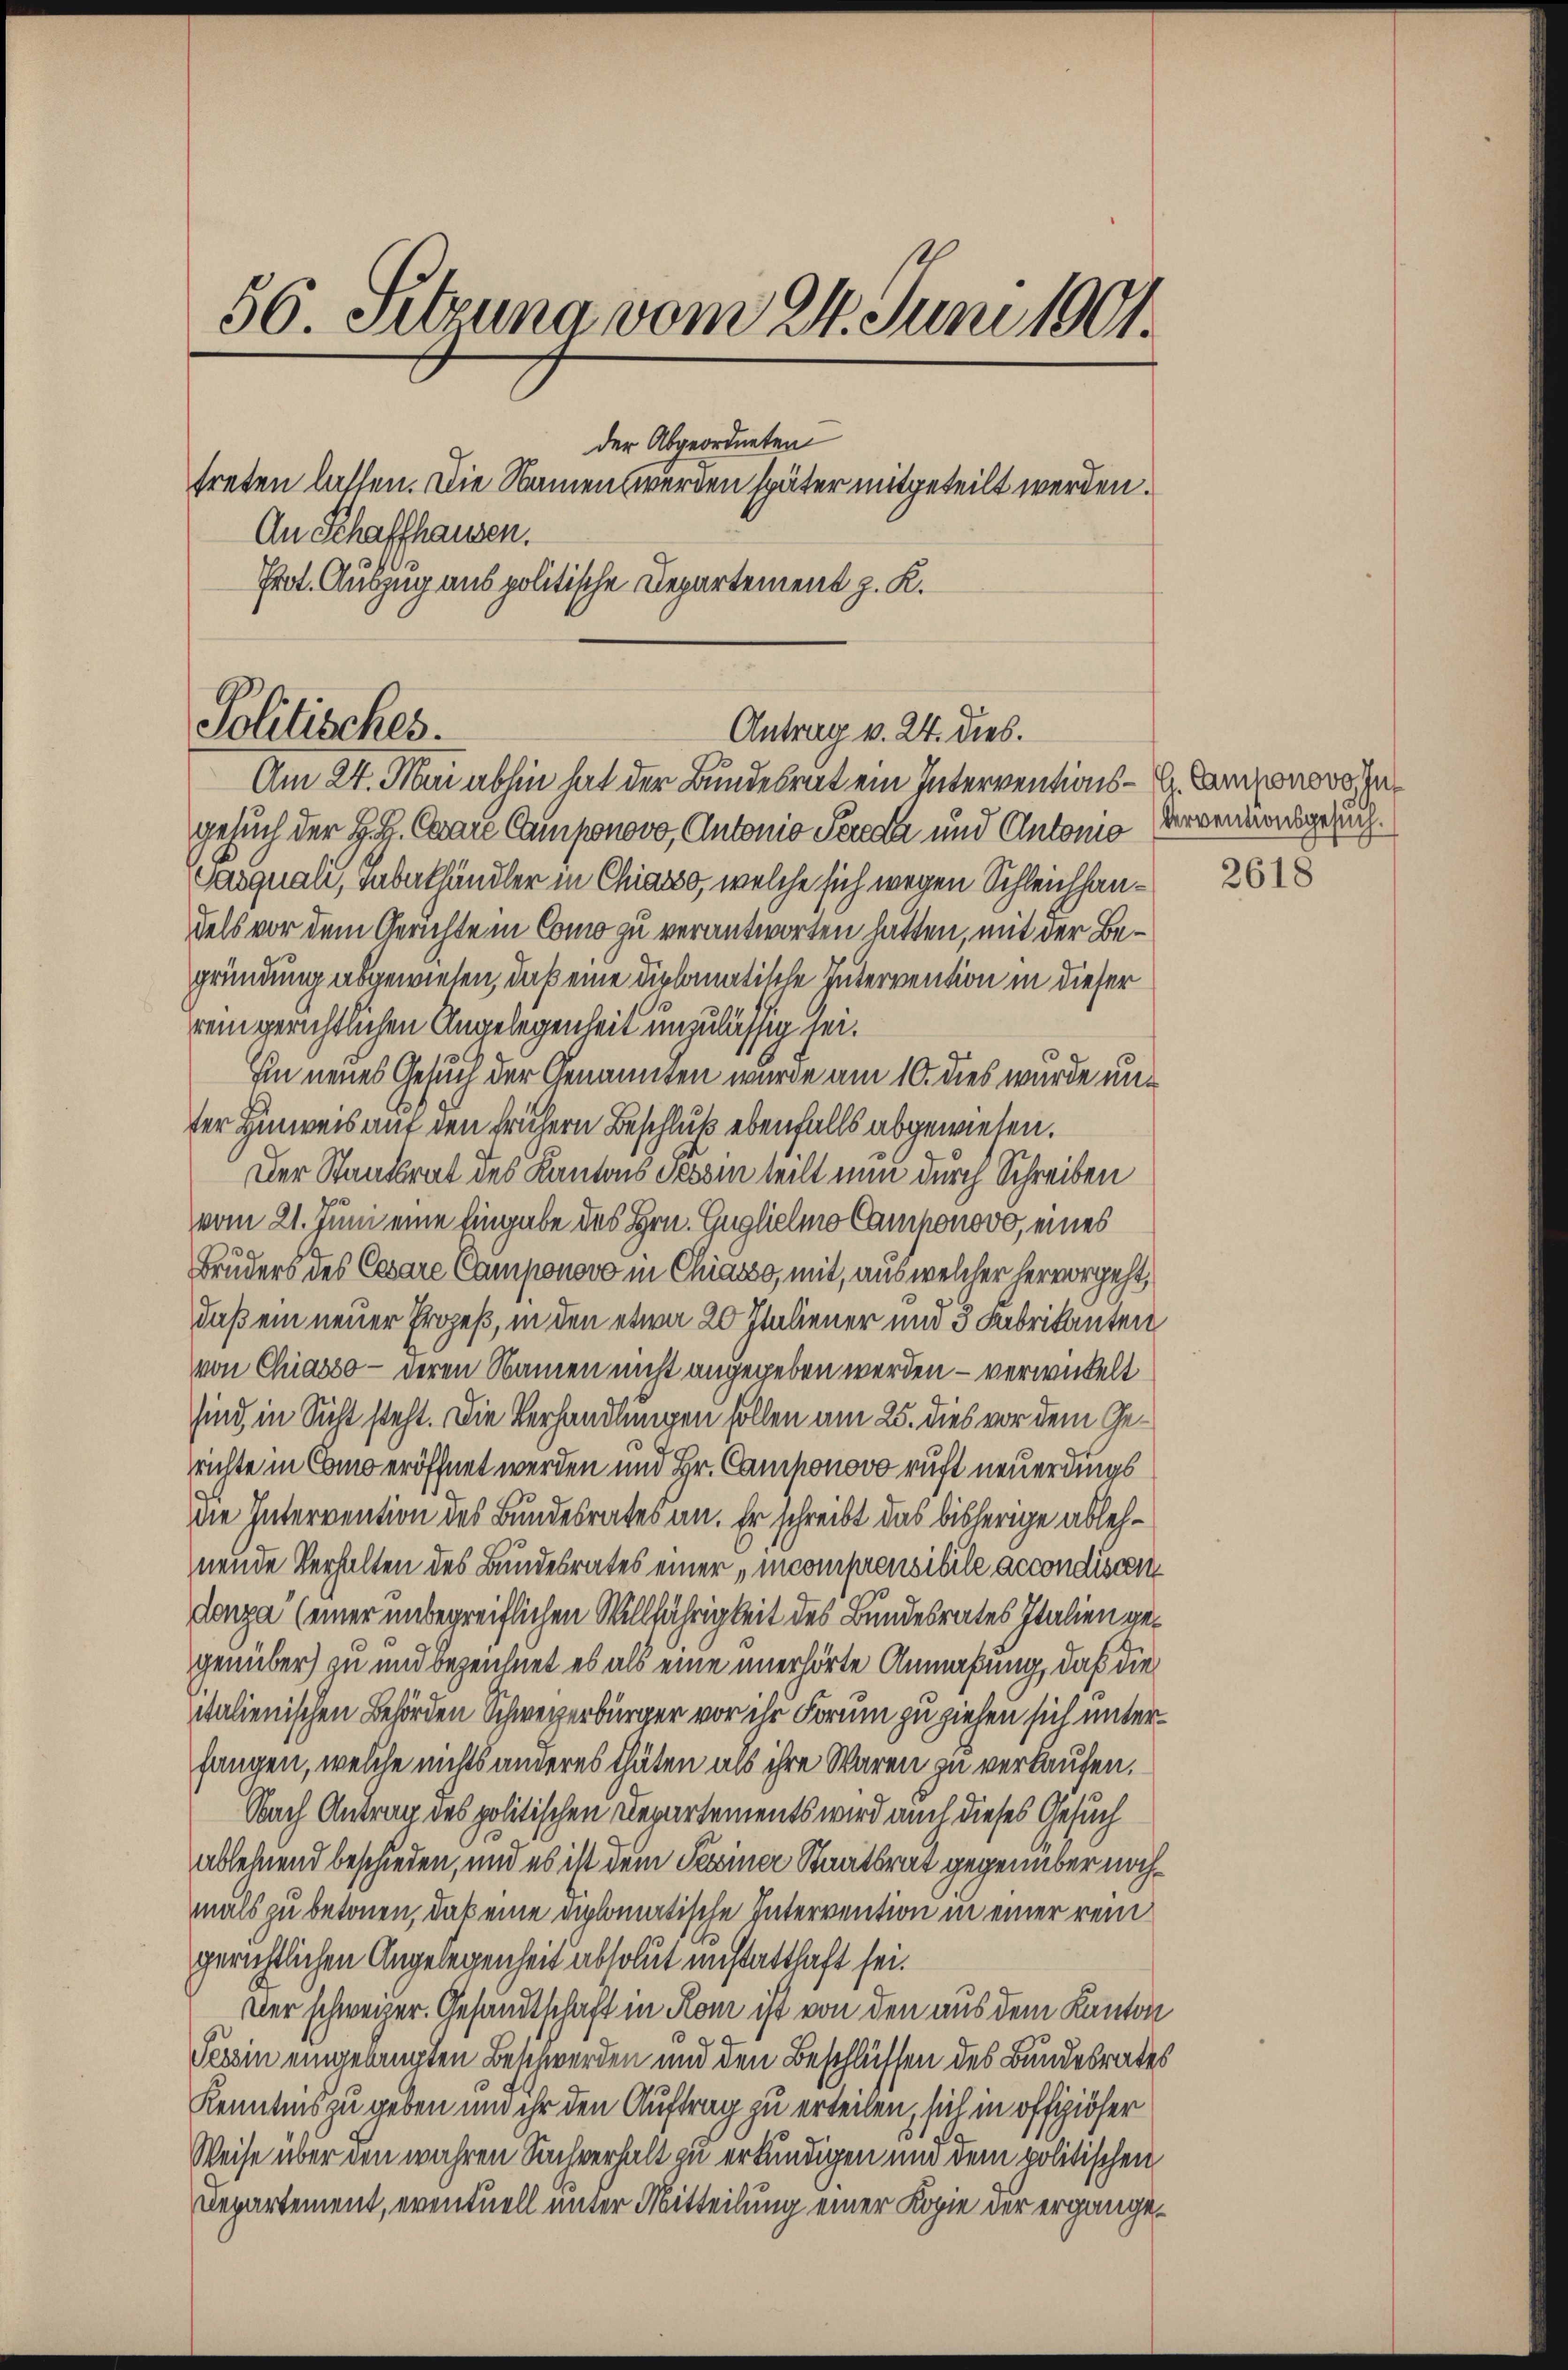
56. Sitzung vom 24. Juni 1901.
der Abgeordneten
treten lassen. Die Namen werden später mitgeteilt werden.
An Schaffhausen.
Prot. Auszug aus politische Departement z. K.

Politisches.
Antrag v. 24. dies.
Am 27. Mai abhin hat der Bundesrat ein Interventions- u. Lamponowo zu¬

gesuch der H. H. Carare Componovo, Antonio Pereda und Antonia Verventionsgesuch.
Casquali, aberkhändler in Chiasso, welche sich wegen Schleichhaudels vor dem Gerichte in Como zu verantworten hatten, mit der Begründung abgewiesen, daß eine diplomatische Intervention in dieser
rein gerichtlichen Angelegenheit unzulässig sei.
Ein neues Gesuch der Genannten wurde am 10. dies wurde unter Hinweis auf den frühern Beschluß ebenfalls abgewiesen.
Der Staatsrat des Kantons Tessin teilt nun durch Schreiben
vom 21. Juni eine Eingabe des Hrn. Guglielmo Camponovo, eines
Bruders des Cesare Camponovo in Chiasso, mit, aus welcher hervorgeht,
daß ein neuer Prozeß, in den etwa 20 Italiener und 3 Fabrikanten
von Chiasso - deren Namen nicht angegeben werden – verwickelt
sind in Sicht steht. Die Verhandlungen sollen am 25. dies vor dem Gerichte in Como eröffnet werden und Hr. Camponovo ruft neuerdings
die Intervention des Bundesrates an. Er schreibt das bisherige ablehneude Verhalten des Bundesrates einer „mcompensibile accondiscen
donza (einer unbegreiflichen Willfährigkeit des Bundesrates Italien gegenüber) zu und bezeichnet es als eine unerhörte Anmaßung, daß die
italienischen Behörden Schweizerbürger vor ihr Forum zu ziehen sich unterfangen, welche nichts anderes thäten als ihre Waren zu verkaufen.
Nach Antrag des politischen Departements wird auch dieses Gesuch
ablehnend beschieden, und es ist dem Seiner Staatsrat gegenüber nochmals zu betonen, daß eine diplomatische Intervention in einer rein
gerichtlichen Angelegenheit absolut unstatthaft sei.
Der schweizer. Gesandtschaft in Rom ist von den aus dem Kanton
Tessin eingelangten Beschwerden und den Beschlüssen des Bundesrates
Kenntnis zu geben und ihr den Auftrag zu erteilen, sich in offiziöser
Weise über den wahren Sachverhalt zu erkundigen und dem politischen
Departement, eventuell unter Mitteilung einer Kopie der ergange¬

2618